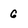
Character: 6